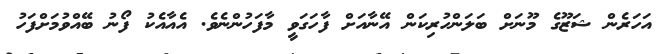
އަހަރެން ޝަޒޫގެ މޫނަށް ބަލަންހުރިކަން އޭނާއަށް ފާހަގަވީ މާފަހުންނެވެ. އެއާއެކު ފޯނު ބޭއްވުމަށްފަހު